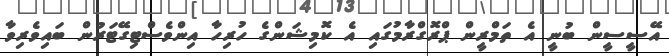
އޭސީސީން ބުނީ އެ ތަމްރީން ޕްރޮގްރާމުގައި އެ ކޮމިޝަންގެ ހުރިހާ އިންވެސްޓިގޭޓަރުން ބައިވެރިވާ